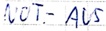
Text: NOT-AUS